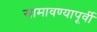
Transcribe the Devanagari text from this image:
सामावण्यापूर्वी